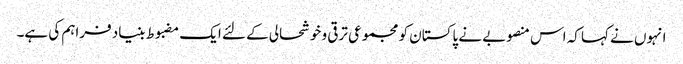
انہوں نے کہا کہ اس منصوبے نے پاکستان کو مجموعی ترقی و خوشحالی کے لئے ایک مضبوط بنیاد فراہم کی ہے۔